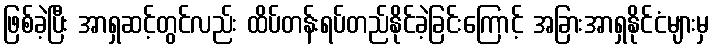
ဖြစ်ခဲ့ပြီး အာရှဆင့်တွင်လည်း ထိပ်တန်းရပ်တည်နိုင်ခဲ့ခြင်းကြောင့် အခြားအာရှနိုင်ငံများမှ